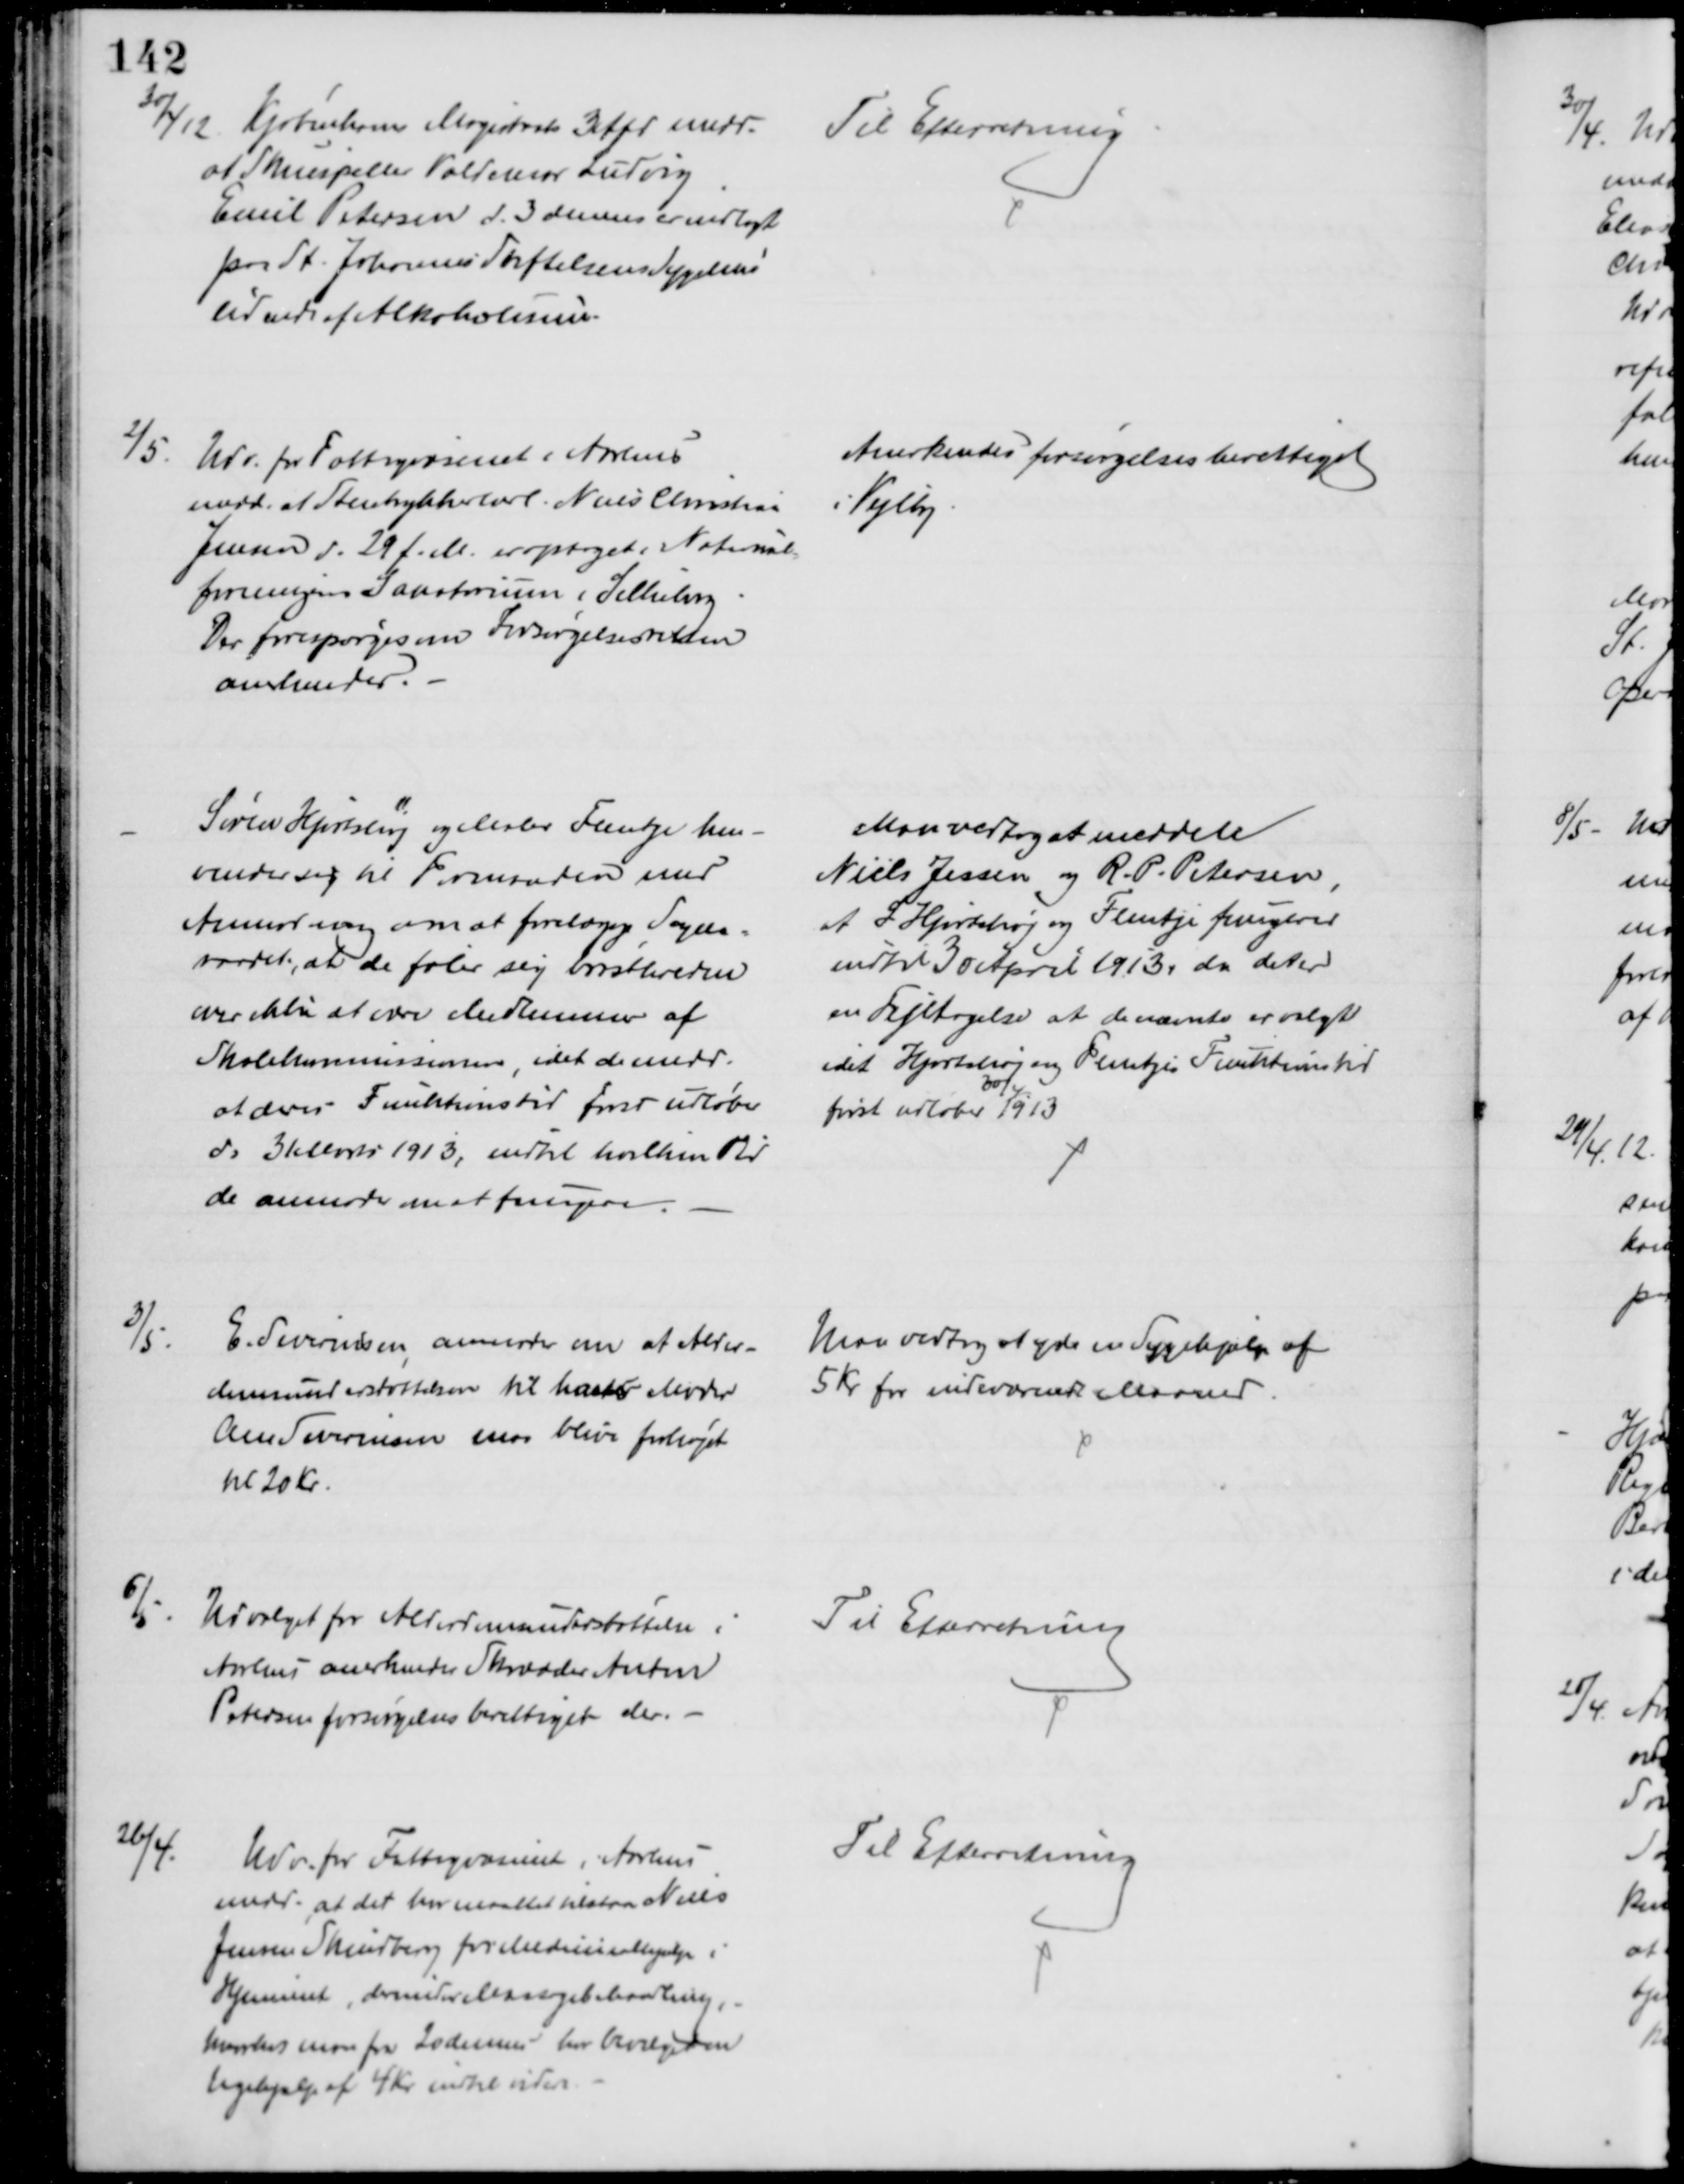
Transskription:
30/4 12
Kjøbenhavns Magistrats 3 Afd medd.
at Skuespiller Valdemar Ludvig
Emil Petersen d. 3 dennes er indlagt
paa St. Johannes Stiftelsens Sygehus
lidende af Alkoholisme.
Til Efterretning
2/5.
Udv. for Fattigvæsenet i Aarhus
medd. at Stentrykkerlærl. Niels Christian
Jensen d. 29 f. M. er optaget i National-
foreningens Sanatorium i Silkeborg
Der forespørges om Forsørgelsesretten
anerkendes.
Anerkendes forsørgelsesberettiget
i Vejlby
Søren Hjortshøj og Maler Flentje hen-
vender sig til Formanden med
Anmodning om at forelægge Sogne=
raadet, at de føler sig brøstholdne
over ikke at være Medlemmer af
Skolekommissionen, idet de medd.
at deres Funktionstid først udløber
d. 31 Marts 1913, indtil hvilken Tid
de anmoder om at fungere.
Man vedtog at meddele
Niels Jessen og R. P. Petersen
at S Hjortshøj og Flentje fungerer
indtil 30 April 1913, da det er
en Fejltagelse at de nævnte er valgt
idet Hjortshøj og Flentjes Funktionstid
først udløber 
30/4.
1913
3/5.
E. Severinsen anmoder om at Alder-
domsunderstøttelsen til hans Moder
Ane Severinsen maa blive forhøjet
til 20 Kr.
Man vedtog at yde en Sygehjælp af
5 Kr for indeværende Maaned.
6/5. Udvalget for Alderdomsunderstøttelse i
Aarhus anerkender Skrædder Anton
Petersen forsørgelsesberettiget der
Til Efterretning
26/4.
Udv. for Fattigvæsenet i Aarhus
medd. at det har maattet tilstaa Niels
Jensen Skindberg for Medicinalhjælp i
Hjemmet, derunder Masagebehandling,
hvorhos man fra 20 dennes har bevilget en
Ugehjælp af 4 Kr indtil videre
Til Efterretning